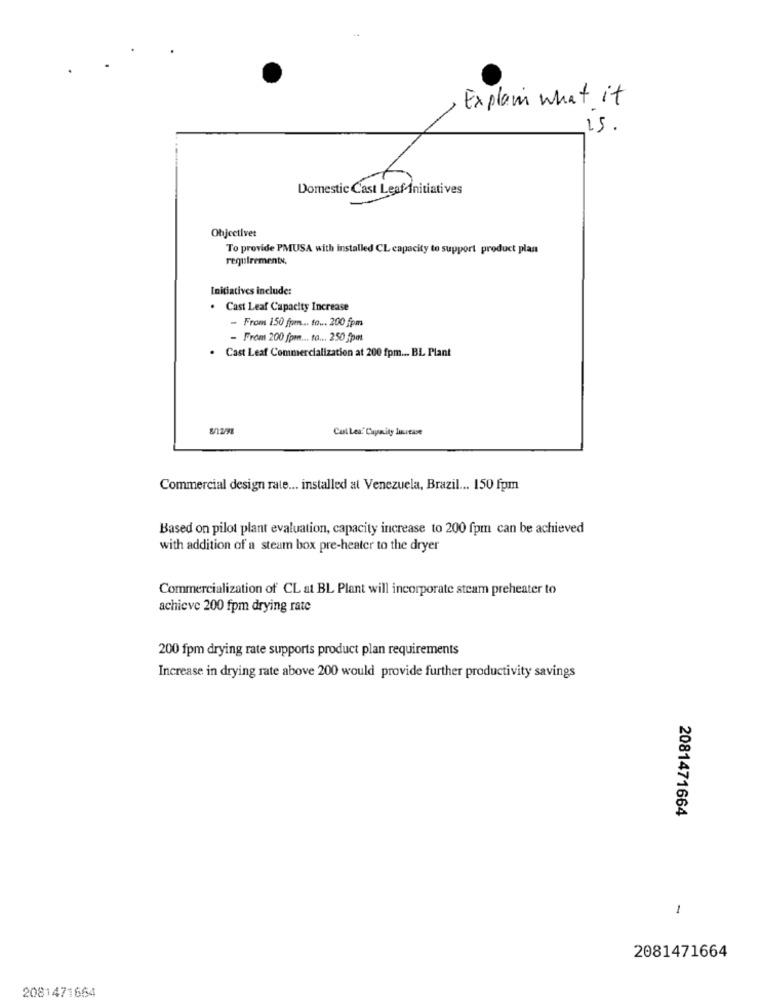
Explain what it
15.
Domestic Cast Leaf Initiatives
Ohjectivet
To provide PMUSA with installed CL capacity to support product plan
requirements.
Initiatives include:
. Cast Leaf Capacity Increase
- From 150 from ... to ... 200 fpm
- From 200 fpmm ... ta ... 250 5pm
. Cast Leaf Commercialization at 200 fpm ... BL Plant
8/12/98
Cul Lea. Capacity lucrease
Commercial design rate ... installed al Venezuela, Brazil ... 150 fpm
Based on pilot plant evaluation, capacity increase to 200 fpm can be achieved
with addition of a steam box pre-heater to the dryer
Commercialization of CL at BL Plant will incorporate steam preheater to
achieve 200 fpm drying rate
200 fpm drying rate supports product plan requirements
Increase in drying rate above 200 would provide further productivity savings
2081471664
1
2081471664
2081471664